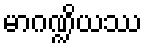
မာဂဏ္ဍိယဿ